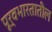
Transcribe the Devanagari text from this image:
पूर्वभारतातील